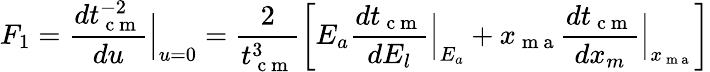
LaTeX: F_{1}=\frac{dt_{\mathrm{~c~m~}}^{-2}}{du}\Big|_{{u=0}}=\frac{2}{t_{\mathrm{~c~m~}}^{3}}\left[E_{a}\frac{dt_{\mathrm{~c~m~}}}{dE_{l}}\Big|_{E_{a}}+x_{\mathrm{~m~a~}}\frac{dt_{\mathrm{~c~m~}}}{dx_{m}}\Big|_{x_{\mathrm{~m~a~}}}\right]